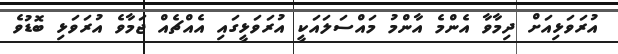
އުރަވަޅިއަށް ދިމާވާ އެންމެ އާންމު މައްސަލައަކީ އުރަވަޅީގައި އެއްޗެއް ޖަމާވެ އުރަވަޅި ބޮޑުވެ